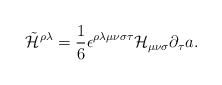
\begin{align*}\tilde{\cal H}^{\rho\lambda} = {1\over 6}\epsilon^{\rho\lambda\mu\nu\sigma\tau} {\cal H}_{\mu\nu\sigma} \partial_\tau a.\end{align*}